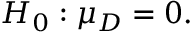
H _ { 0 } : \mu _ { D } = 0 .